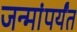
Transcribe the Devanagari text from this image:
जन्मांपर्यंत